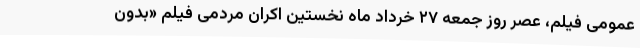
عمومی فیلم، عصر روز جمعه ۲۷ خرداد ماه نخستین اکران مردمی فیلم «بدون